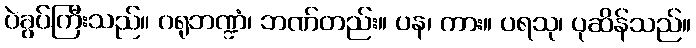
ပဲခွပ်ကြီးသည်။ ဂရုဘဏ္ဍံ၊ ဘဏ်တည်း။ ပန၊ ကား။ ပရသု၊ ပုဆိန်သည်။